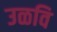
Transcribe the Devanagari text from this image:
उळवि